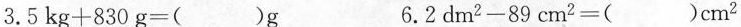
$$3 . 5 k g + 8 3 0 g = ( ) g$$ $$6 . 2 d m ^ { 2 } - 8 9 c m ^ { 2 } = ( ) c m ^ { 2 }$$